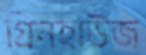
গ্রিনহাউজ